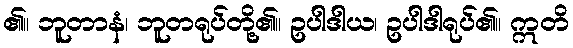
၏။ ဘူတာနံ၊ ဘူတရုပ်တို့၏။ ဥပါဒါယ၊ ဥပါဒါရုပ်၏။ ဣတိ